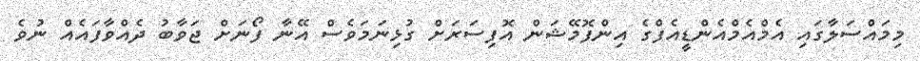
މިމައްސަލާގައި އެމްއެމްއެންޑީއެފްގެ އިންފޮމޭޝަން އޮފިސަރަށް ގުޅިނަމަވެސް އޭނާ ފޯނަށް ޖަވާބު ދެއްވާފައެއް ނުވެ